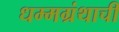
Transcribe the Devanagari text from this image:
धम्मग्रंथाची